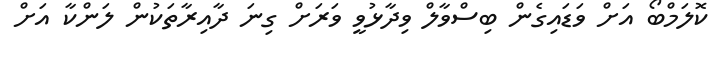
ކޮލަމްބޯ އަށް ވަޑައިގެން ބިސްވާލް ވިދާޅުވީ ވަރަށް ގިނަ ދާއިރާތަކުން ލަންކާ އަށް